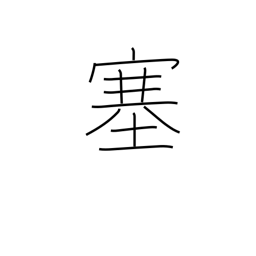
Meaning: shut